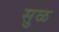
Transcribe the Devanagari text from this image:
सुळ